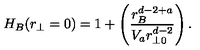
H _ { B } ( r _ { \perp } = 0 ) = 1 + \left( { \frac { r _ { B } ^ { d - 2 + a } } { V _ { a } r _ { \perp 0 } ^ { d - 2 } } } \right) .